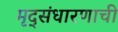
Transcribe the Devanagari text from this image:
मृद्संधारणाची